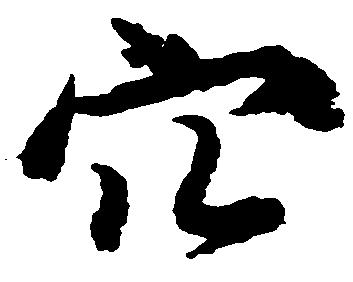
穴